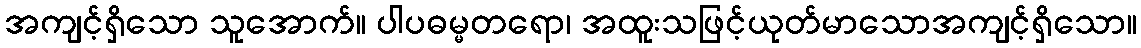
အကျင့်ရှိသော သူအောက်။ ပါပဓမ္မတရော၊ အထူးသဖြင့်ယုတ်မာသောအကျင့်ရှိသော။